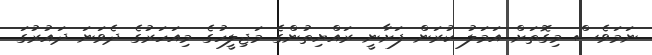
ނަމަވެސް މިގޮތަށް އަމަލު ކުރަން ފަށާނީ ރައްޔިތުންގެ މަޖިލީހުގެ މިއަހަރުގެ ދެވަނަ ދައުރުގަ